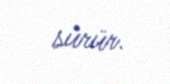
sürür.